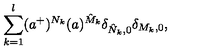
\sum _ { k = 1 } ^ { l } ( a ^ { + } ) ^ { N _ { k } } ( a ) ^ { \hat { M } _ { k } } \delta _ { \hat { N } _ { k } , 0 } \delta _ { M _ { k } , 0 } ,